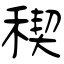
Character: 稧